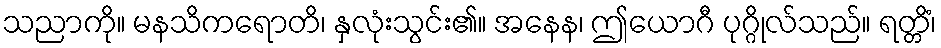
သညာကို။ မနသိကရောတိ၊ နှလုံးသွင်း၏။ အနေန၊ ဤယောဂီ ပုဂ္ဂိုလ်သည်။ ရတ္တိံ၊